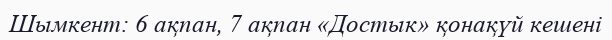
Шымкент: 6 ақпан, 7 ақпан «Достык» қонақүй кешені